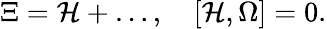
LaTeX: \Xi={\cal H}+\ldots,\quad[{\cal H},\Omega]=0.